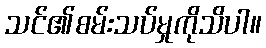
သင်၏စမ်းသပ်မှုကိုသိပါ။